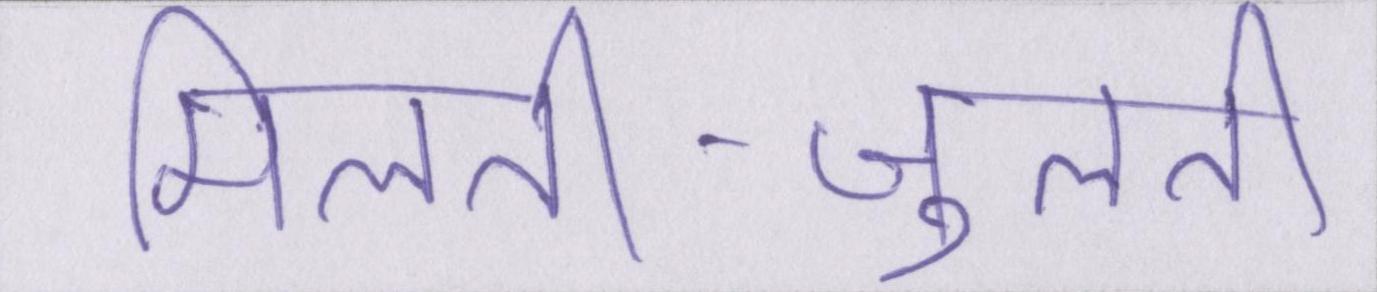
मिलती-जुलती